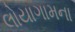
લોયાગામના